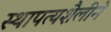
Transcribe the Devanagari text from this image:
स्थापत्यशैलीने